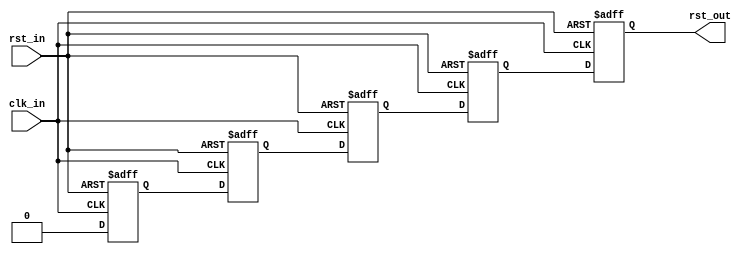
//------------------------------------------------------------------------------
//  (c) Copyright 2013-2015 Xilinx, Inc. All rights reserved.
//
//  This file contains confidential and proprietary information
//  of Xilinx, Inc. and is protected under U.S. and
//  international copyright and other intellectual property
//  laws.
//
//  DISCLAIMER
//  This disclaimer is not a license and does not grant any
//  rights to the materials distributed herewith. Except as
//  otherwise provided in a valid license issued to you by
//  Xilinx, and to the maximum extent permitted by applicable
//  law: (1) THESE MATERIALS ARE MADE AVAILABLE "AS IS" AND
//  WITH ALL FAULTS, AND XILINX HEREBY DISCLAIMS ALL WARRANTIES
//  AND CONDITIONS, EXPRESS, IMPLIED, OR STATUTORY, INCLUDING
//  BUT NOT LIMITED TO WARRANTIES OF MERCHANTABILITY, NON-
//  INFRINGEMENT, OR FITNESS FOR ANY PARTICULAR PURPOSE; and
//  (2) Xilinx shall not be liable (whether in contract or tort,
//  including negligence, or under any other theory of
//  liability) for any loss or damage of any kind or nature
//  related to, arising under or in connection with these
//  materials, including for any direct, or any indirect,
//  special, incidental, or consequential loss or damage
//  (including loss of data, profits, goodwill, or any type of
//  loss or damage suffered as a result of any action brought
//  by a third party) even if such damage or loss was
//  reasonably foreseeable or Xilinx had been advised of the
//  possibility of the same.
//
//  CRITICAL APPLICATIONS
//  Xilinx products are not designed or intended to be fail-
//  safe, or for use in any application requiring fail-safe
//  performance, such as life-support or safety devices or
//  systems, Class III medical devices, nuclear facilities,
//  applications related to the deployment of airbags, or any
//  other applications that could lead to death, personal
//  injury, or severe property or environmental damage
//  (individually and collectively, "Critical
//  Applications"). Customer assumes the sole risk and
//  liability of any use of Xilinx products in Critical
//  Applications, subject only to applicable laws and
//  regulations governing limitations on product liability.
//
//  THIS COPYRIGHT NOTICE AND DISCLAIMER MUST BE RETAINED AS
//  PART OF THIS FILE AT ALL TIMES.
//------------------------------------------------------------------------------

// ***************************
// * DO NOT MODIFY THIS FILE *
// ***************************

`timescale 1ps/1ps

module gtwizard_ultrascale_v1_7_4_reset_synchronizer # (

  parameter FREQUENCY = 512

)(

  input  wire clk_in,
  input  wire rst_in,
  output wire rst_out

);

  // Use 5 flip-flops as a single synchronizer, and tag each declaration with the appropriate synthesis attribute to
  // enable clustering. Each flip-flop in the synchronizer is asynchronously reset so that the downstream logic is also
  // asynchronously reset but encounters no reset assertion latency. The removal of reset is synchronous, so that the
  // downstream logic is also removed from reset synchronously. This module is designed for active-high reset use.

  (* ASYNC_REG = "TRUE" *) reg rst_in_meta  = 1'b0;
  (* ASYNC_REG = "TRUE" *) reg rst_in_sync1 = 1'b0;
  (* ASYNC_REG = "TRUE" *) reg rst_in_sync2 = 1'b0;
  (* ASYNC_REG = "TRUE" *) reg rst_in_sync3 = 1'b0;
                           reg rst_in_out   = 1'b0;

  always @(posedge clk_in, posedge rst_in) begin
    if (rst_in) begin
      rst_in_meta  <= 1'b1;
      rst_in_sync1 <= 1'b1;
      rst_in_sync2 <= 1'b1;
      rst_in_sync3 <= 1'b1;
      rst_in_out   <= 1'b1;
    end
    else begin
      rst_in_meta  <= 1'b0;
      rst_in_sync1 <= rst_in_meta;
      rst_in_sync2 <= rst_in_sync1;
      rst_in_sync3 <= rst_in_sync2;
      rst_in_out   <= rst_in_sync3;
    end
  end

  assign rst_out = rst_in_out;


endmodule